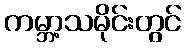
ကမ္ဘာ့သမိုင်းတွင်